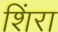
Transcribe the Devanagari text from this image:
शिंरा